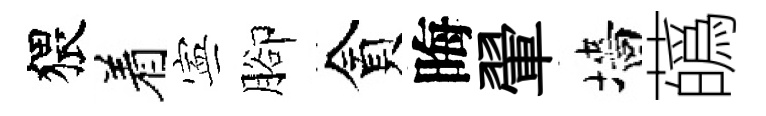
猥着寕腳貪晦翬墻蘤